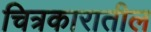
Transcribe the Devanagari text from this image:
चित्रकारातील